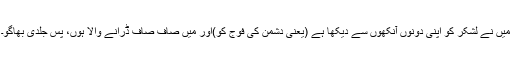
میں نے لشکر کو اپنی دونوں آنکھوں سے دیکھا ہے (یعنی دشمن کی فوج کو)اور میں صاف صاف ڈرانے والا ہوں، پس جلدی بھاگو۔